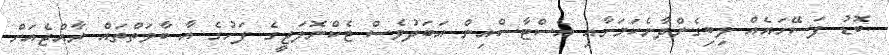
ބޮޑު ފަސޭހައެއް ލިބިގެންދާނެކަމަށާއި އެސްޓާސްއިން އަބަދުވެސް ޓެކްނޮލަޖީގެ ފަހުގެ އާ ބާވަތްތައް ރާއްޖެއަށް